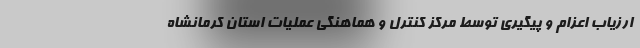
ارزیاب اعزام و پیگیری توسط مرکز کنترل و هماهنگی عملیات استان کرمانشاه